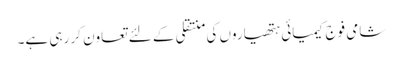
شامی فوج کیمیائی ہتھیاروں کی منتقلی کے لئے تعاون کر رہی ہے۔